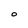
Character: o